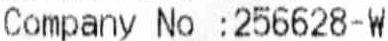
COMPANY NO :256628-W